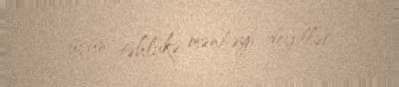
üçün təhlükə mənbəyi deyillər.